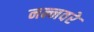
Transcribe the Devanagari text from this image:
नन्नवरे